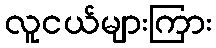
လူငယ်များကြား